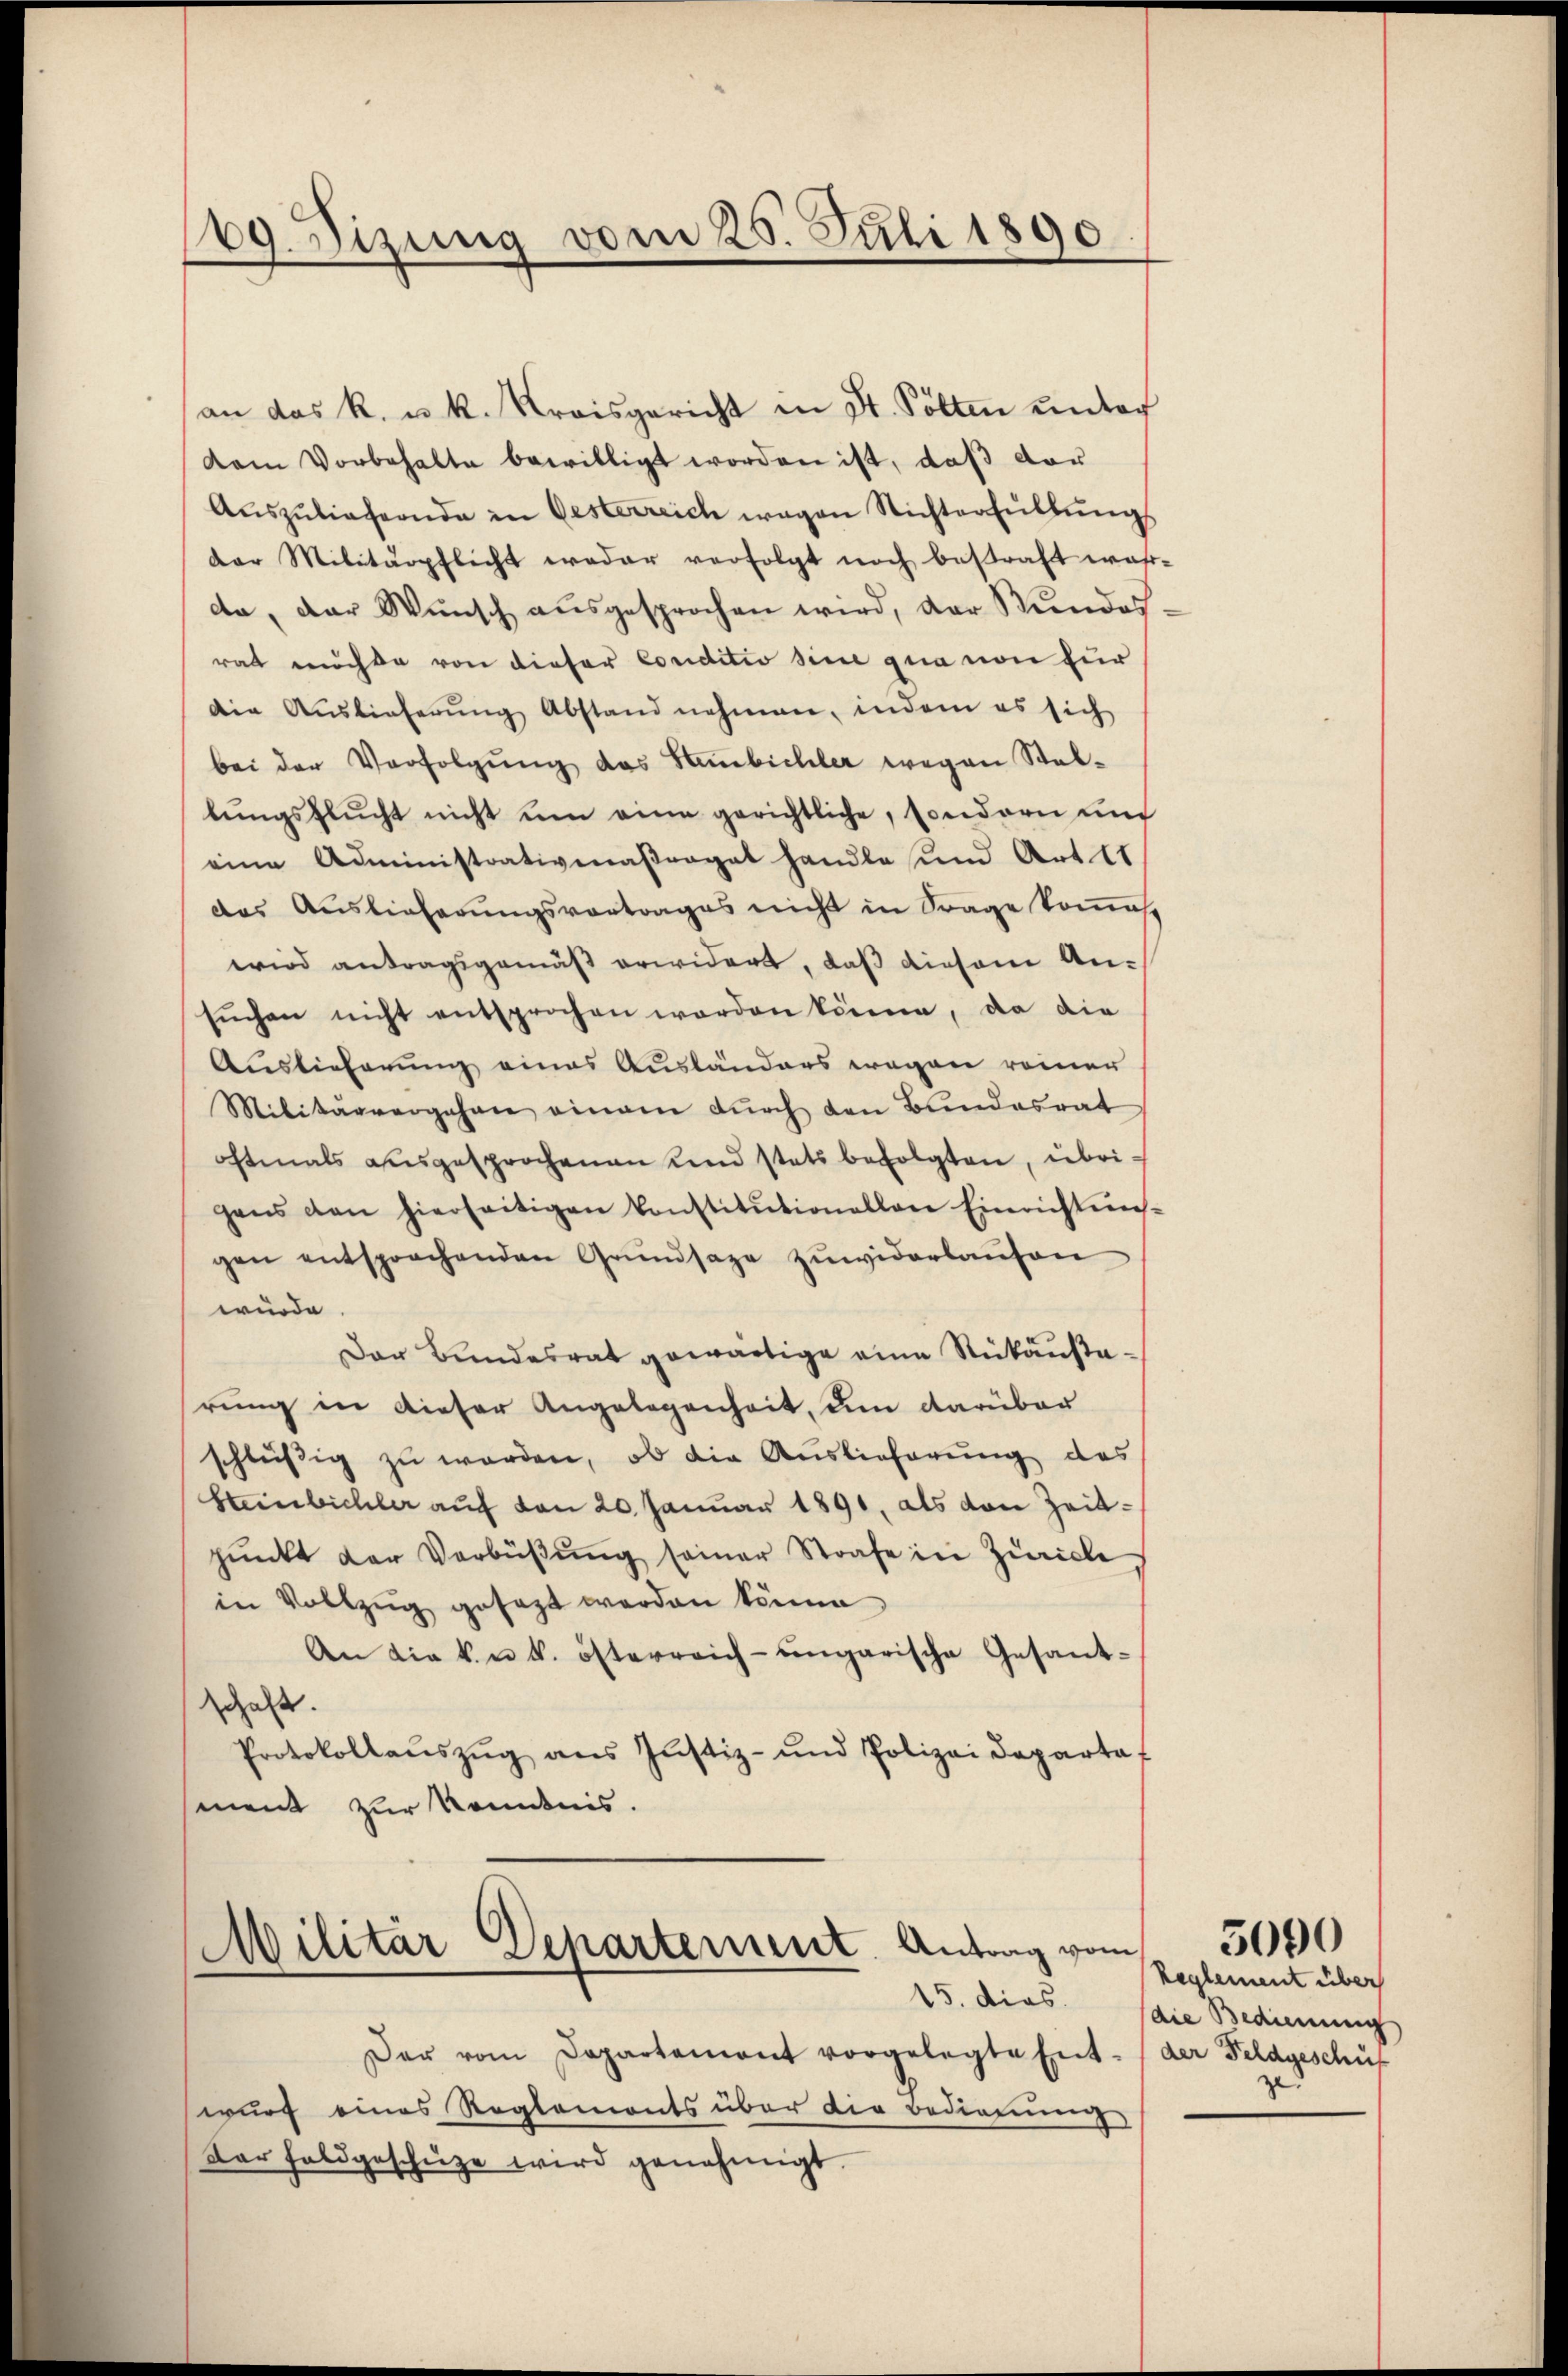
69. Sizung vom 28. Juli 1890

an das k. u. k. Kreisgericht in St. Polten unter
dam Vorbehalte bewilligt worden ist, daß vor
Aŭszŭliefernde in Gesterreich wegen Nichterfüllŭng
der Militärpflicht weder verfolgt noch bestraft wahr-
da, der Wunsch ausgesprochen wird, der Stundes
rath möchte von dieser Conditio sine gua von für
Die Auslieferŭng Abstand nehmen, indem es sich
bei der Verfolgung das Stambichler wegen Stellŭngsflŭcht nicht ŭm eine gerichtliche, sondern und
eine Administrativenaßreget handle und Art. 11
das Auslieferungsvortrages nicht in Frage kommest
wird antragsgemäß erwidert, daß diesem Ansŭchen nicht entsprochen worden könne, da die
Auslieferung eines Ausländers wegen reiner
Militärvergehen einem dŭrch den Bundesrat
oftmals ausgesprochenen und stets befolgten, übrigens den hierseitigen Constitŭtionellen Einrichtung-
gen entsprochenden Grŭndsaze zŭwiderlaŭfen
würde.
Der Bundesrat gewärtige eine Rükanstarung in dieser Angelegenheit, um darüber
schlüßig zu werden, ob die Auslieferung des
Hainbichler auf den 20. Januar 1891, als von Zeitpŭnkt der Verbüβŭng seiner Strafe in Zürich
in Vollzug gesezt werden könne
An die k. u. k. österreich-ungarische Gesant-
schaft.
Protokollaŭszŭg ans Justiz- und Polizeidepartaf
ment zur Kenntnis.

Militar Departement. Antrag vom
15. dies

Der vom Departement vorgelegte Ent- (der Feldgeschäf
wurf eines Reglements über die Bedingung
Dar Feldgeschüze wird genehmigt.

Reglement über
(die Bedienung

5090